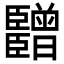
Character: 𬛫